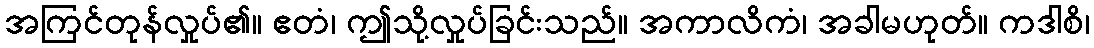
အကြင်တုန်လှုပ်၏။ ဧတံ၊ ဤသို့လှုပ်ခြင်းသည်။ အကာလိကံ၊ အခါမဟုတ်။ ကဒါစိ၊